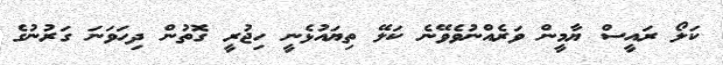
ކަލޯ ރައީސް ޔާމީން ވަރެއްނުވެވޭނެ ކަލޭ ތިޔައުޅެނީ ހިޖުރީ ގޮތުން ދިހަވަނަ ގަރުނުގެ